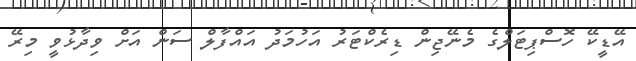
އޭޑީކޭ ހޮސްޕިޓަލްގެ މެނޭޖިން ޑިރެކްޓަރު އަހުމަދު އައްފާލް ސަން އަށް ވިދާޅުވީ މިރޭ